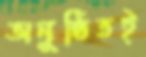
অনুষ্ঠিতই